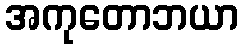
အကုတောဘယာ